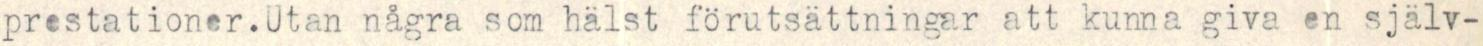
prestationer. Utan några som hälst förutsättningar att kunna giva en själv-